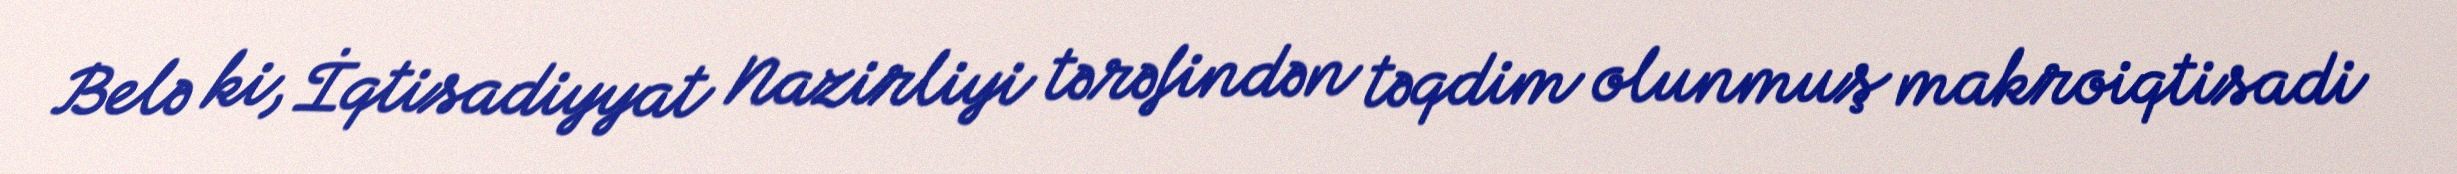
Belə ki, İqtisadiyyat Nazirliyi tərəfindən təqdim olunmuş makroiqtisadi